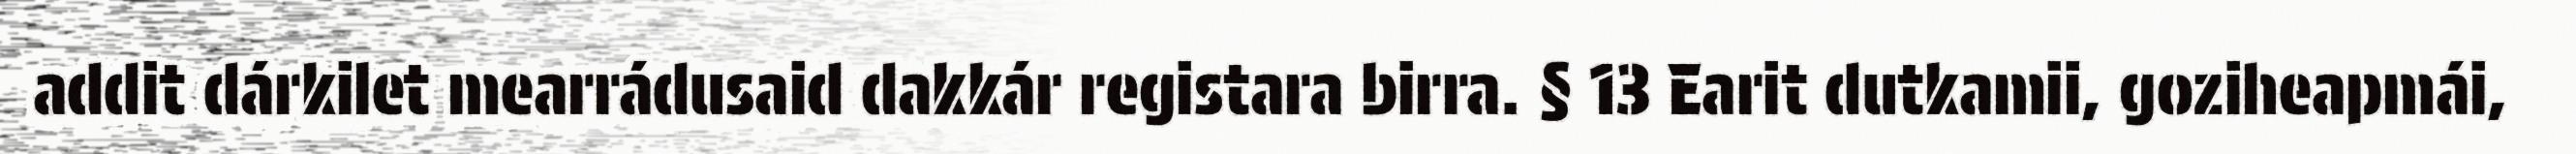
addit dárkilet mearrádusaid dakkár registara birra. § 13 Earit dutkamii, goziheapmái,